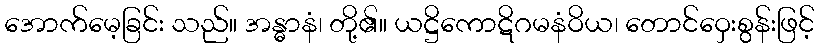
အောက်မေ့ခြင်း သည်။ အန္ဓာနံ၊ တို့၏။ ယဋ္ဌိကောဋိဂမနံဝိယ၊ တောင်ဝှေးစွန်းဖြင့်